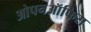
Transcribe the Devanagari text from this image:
ओपनऑफिस